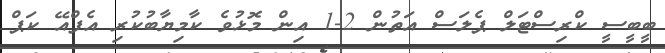
ބީބީސީ ކްރިސްޓަލް ޕެލަސް އަތުން 2-1 އިން މޮޅުވެ ކާމިޔާބުކުރި އެފްއޭ ކަޕް